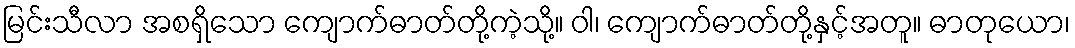
မြင်းသီလာ အစရှိသော ကျောက်ဓာတ်တို့ကဲ့သို့။ ဝါ၊ ကျောက်ဓာတ်တို့နှင့်အတူ။ ဓာတုယော၊